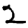
Digit: 2